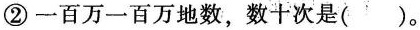
②一百万一百万地数，数十次是（）。